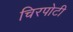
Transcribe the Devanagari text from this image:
चिरपोटी